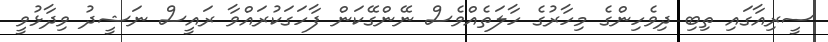
ސީރިއާގައި ތިބި ދިވެހިންގެ މިހާރުގެ ހާލަތެއްވެސް ނޭންގޭކަން ފާހަގަކުރައްވާ ރައީސް ނަޝީދު ވިދާޅުވީ